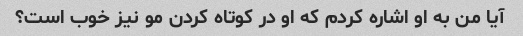
آیا من به او اشاره کردم که او در کوتاه کردن مو نیز خوب است؟